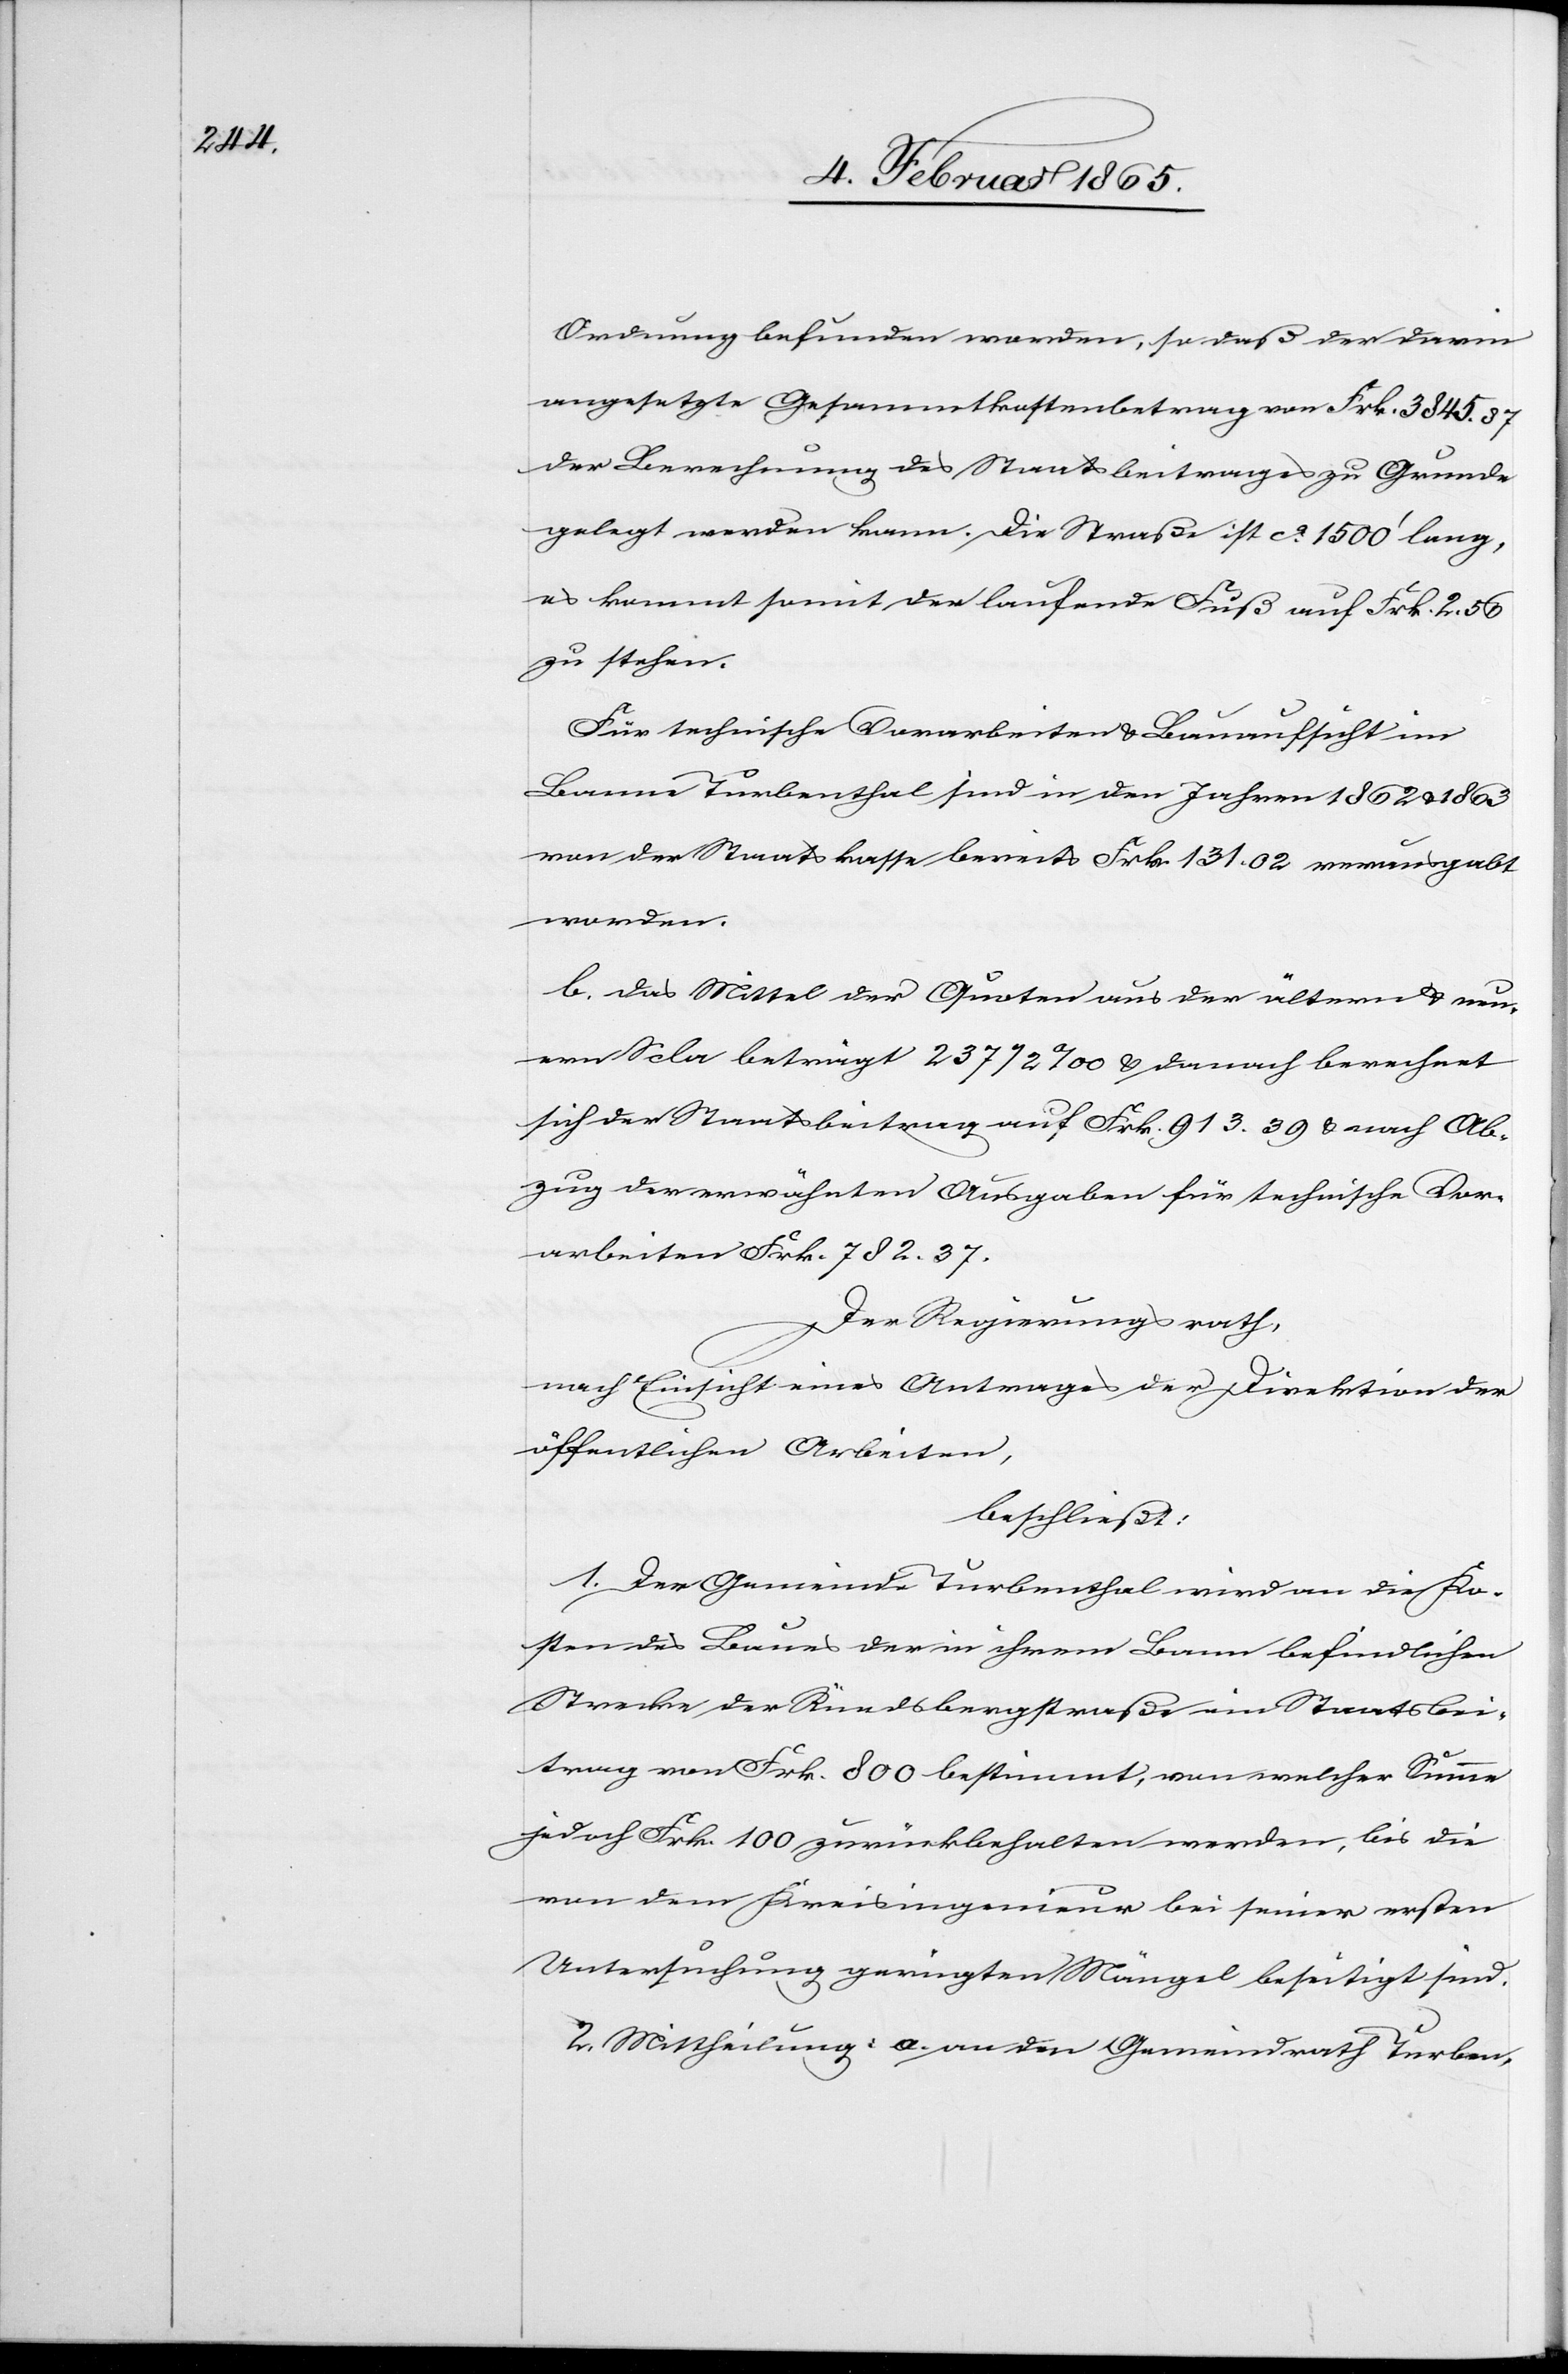
Ordnung befunden worden, so daß der darin
angesetzte Gesammtkassenbetrag von Frk. 3845. 37
der Berechnung des Staatsbeitrages zu Grunde
gelegt werden kann. Die Straße ist ca 1500’ lang,
es kommt somit der laufende Fuß auf Frk. 2. 56
zu stehen.
Für technische Vorarbeiten u. Bauaufsicht im
Banne Turbenthal sind in den Jahren 1862 u. 1863
von der Staatskasse bereits Frk. 131. 02 verausgabt
worden.
b. Das Mittel der Quoten aus der ältern u. neu¬
ern Sc[a]la beträgt 237 ½ ‰ u. danach berechnet
sich der Staatsbeitrag auf Frk. 913. 39 u. nach Ab¬
zug der erwähnten Ausgaben für technische Vor¬
arbeiten Frk. 782. 37.
Der Regierungsrath,
nach Einsicht eines Antrages der Direktion der
öffentlichen Arbeiten,
beschließt:
1. Der Gemeinde Turbenthal wird an die Ko¬
sten des Baues der in ihrem Bann befindlichen
Strecke der Rüedsbergstraße ein Staatsbei¬
trag von Frk. 800 bestimmt, von welcher Summe
jedoch Frk. 100 zurückbehalten werden, bis die
von dem Kreisingenieur bei seiner ersten
Untersuchung gerügten Mängel beseitigt sind.
2. Mittheilung: a. an den Gemeindrath Turben-